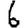
Digit: 6